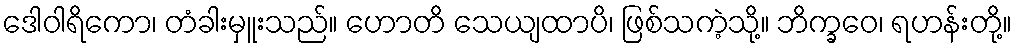
ဒေါဝါရိကော၊ တံခါးမှူးသည်။ ဟောတိ သေယျထာပိ၊ ဖြစ်သကဲ့သို့။ ဘိက္ခဝေ၊ ရဟန်းတို့။